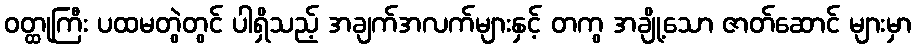
ဝတ္ထုကြီး ပထမတွဲတွင် ပါရှိသည့် အချက်အလက်များနှင့် တကွ အချို့သော ဇာတ်ဆောင် များမှာ